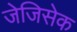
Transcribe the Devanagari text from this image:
जेजिसेक